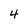
Character: 4